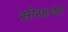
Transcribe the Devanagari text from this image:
सोसल्या